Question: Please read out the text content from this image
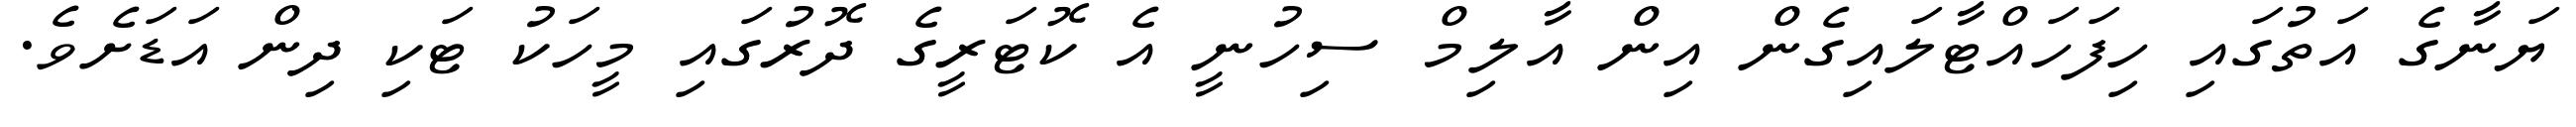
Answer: ޔަނާގެ އަތުގައި ހިފަހައްޓާލައިގެން އިން އާލިމް ސިހުނީ އެ ކޮޓަރީގެ ދޮރުގައި މީހަކު ޓަކި ދިން އަޑަށެވެ.